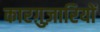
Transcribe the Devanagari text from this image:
कारग़ुज़ारियों